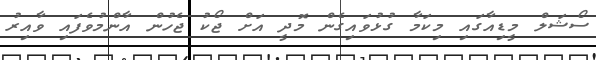
ސޯޝަލް މީޑިއާގައި މިކަމާ ގުޅުވައިގެން މޮދީ އަށް ޖޯކު ޖެހުން އާންމުވެފައި ވާއިރު